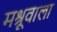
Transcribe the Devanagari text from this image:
मश्रूवाला